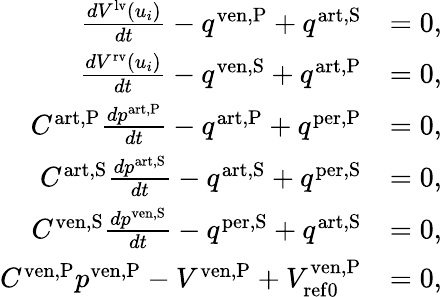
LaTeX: \begin{array}{rl}{\frac{dV^{\mathrm{lv}}\left(u_{i}\right)}{dt}-q^{\mathrm{ven,P}}+q^{\mathrm{art,S}}}&{=0,}\\ {\frac{dV^{\mathrm{rv}}\left(u_{i}\right)}{dt}-q^{\mathrm{ven,S}}+q^{\mathrm{art,P}}}&{=0,}\\ {C^{\mathrm{art,P}}\frac{dp^{\mathrm{art,P}}}{dt}-q^{\mathrm{art,P}}+q^{\mathrm{per,P}}}&{=0,}\\ {C^{\mathrm{art,S}}\frac{dp^{\mathrm{art,S}}}{dt}-q^{\mathrm{art,S}}+q^{\mathrm{per,S}}}&{=0,}\\ {C^{\mathrm{ven,S}}\frac{dp^{\mathrm{ven,S}}}{dt}-q^{\mathrm{per,S}}+q^{\mathrm{art,S}}}&{=0,}\\ {C^{\mathrm{ven,P}}p^{\mathrm{ven,P}}-V^{\mathrm{ven,P}}+V_{\mathrm{{ref0}}}^{\mathrm{ven,P}}}&{=0,}\end{array}